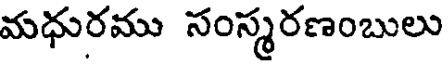
మధురము సంస్మరణంబులు